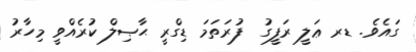
ގައެވެ. ޑރ ޢަލީ ރަފީގު  ފުރަތަމަ ޑިގްރީ ޙާޞިލް ކުރެއްވީ މިހާރު